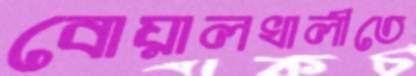
বোয়ালখালীতে